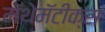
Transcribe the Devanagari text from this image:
मॅथेमॅटीक्स